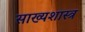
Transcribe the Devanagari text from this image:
साख्यशास्त्र